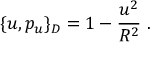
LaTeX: \{ u , p _ { u } \} _ { D } = 1 - \frac { u ^ { 2 } } { R ^ { 2 } } \ .